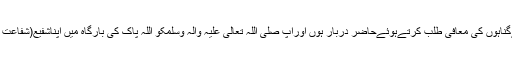
میںاللہپاک سےاپنےگناہوں کی مُعافی طلَب کرتےہوئےحاضِرِ دربار ہوں اورآپ صَلَّی اللّٰہُ تَعَالٰی عَلَیْہِ واٰلِہٖ وَسَلَّمَکو اللہ پاک کی بارگاہ میں اپناشَفیع(شفاعت کرنے والا)بناتاہوں۔